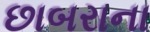
છાબરાના